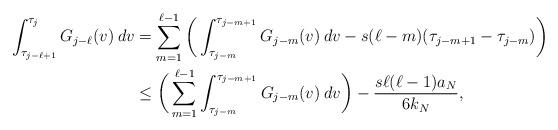
LaTeX: \begin{align*}\int_{\tau_{j-\ell+1}}^{\tau_j} G_{j - \ell}(v) \: dv &= \sum_{m = 1}^{\ell - 1} \bigg( \int_{\tau_{j-m}}^{\tau_{j-m+1}} G_{j-m}(v) \: dv - s (\ell - m)(\tau_{j-m+1} - \tau_{j-m}) \bigg) \\&\leq \bigg( \sum_{m=1}^{\ell - 1} \int_{\tau_{j-m}}^{\tau_{j-m+1}} G_{j-m}(v) \: dv \bigg) - \frac{s \ell (\ell - 1) a_N}{6k_N},\end{align*}